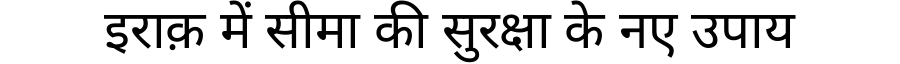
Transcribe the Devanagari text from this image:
इराक़ में सीमा की सुरक्षा के नए उपाय